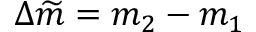
\Delta \widetilde { m } = m _ { 2 } - m _ { 1 }